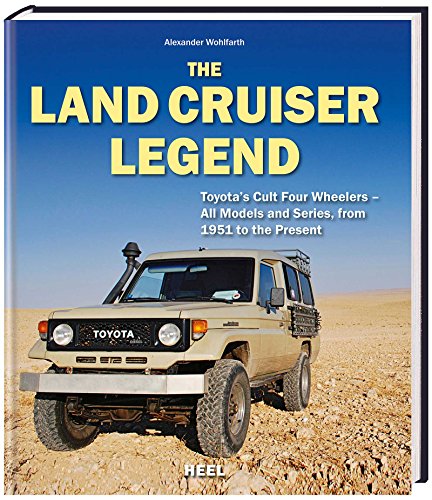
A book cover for The Land Cruiser Legend: Toyota's Cult Four Wheelers - All Models and Series, from 1951 to the Present; Alexander Wohlfarth; Engineering & Transportation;